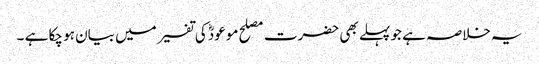
یہ خلاصہ ہے جو پہلے بھی حضرت مصلح موعودؓ کی تفسیر میں بیان ہو چکا ہے ۔